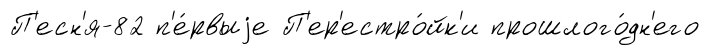
П'есн'я-82 п'е́рвыjе П'ер'естро́йк'и прошлого́дн'его